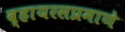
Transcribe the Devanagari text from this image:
व्हायरसप्रमाणे